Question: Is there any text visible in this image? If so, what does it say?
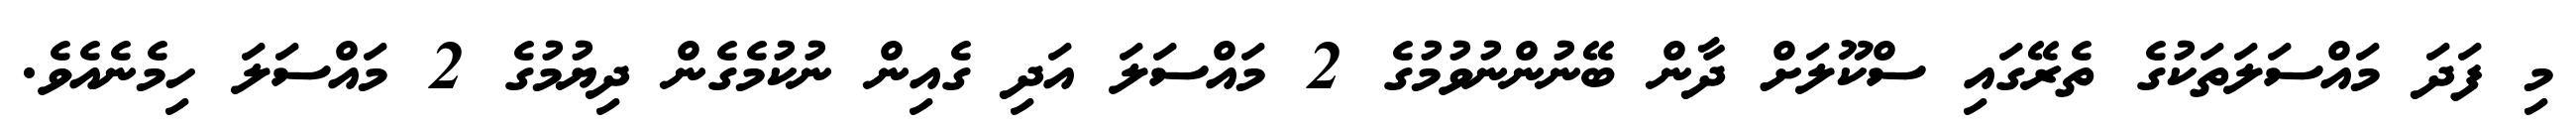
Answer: މި ފަދަ މައްސަލަތަކުގެ ތެރޭގައި ސްކޫލަށް ދާން ބޭނުންނުވުމުގެ 2 މައްސަލަ އަދި ގެއިން ނުކުމެގެން ދިޔުމުގެ 2 މައްސަލަ ހިމެނެއެވެ.